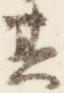
其